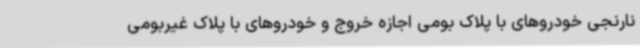
نارنجی خودروهای با پلاک بومی اجازه خروج و خودروهای با پلاک غیربومی